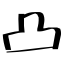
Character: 凸